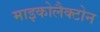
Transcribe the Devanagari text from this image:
माइकोलैक्टोन